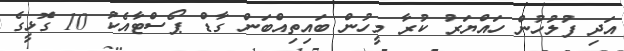
އަދި ފުލުހުން ހައްޔަރު ކުރާ މީހުން ބައިިތިއްބަން ގާޑް ޕޯސްޓާއެކު 10 ގޮޅީގެ